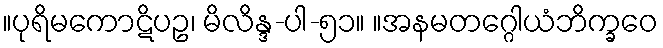
။ပုရိမကောဋိပဥ၊ မိလိန္ဒ-ပါ-၅၁။ ။အနမတဂ္ဂေါယံဘိက္ခဝေ